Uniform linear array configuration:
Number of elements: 48
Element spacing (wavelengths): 0.25
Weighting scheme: hann
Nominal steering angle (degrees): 15
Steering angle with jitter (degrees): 14.258
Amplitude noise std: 0.05
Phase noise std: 0.05

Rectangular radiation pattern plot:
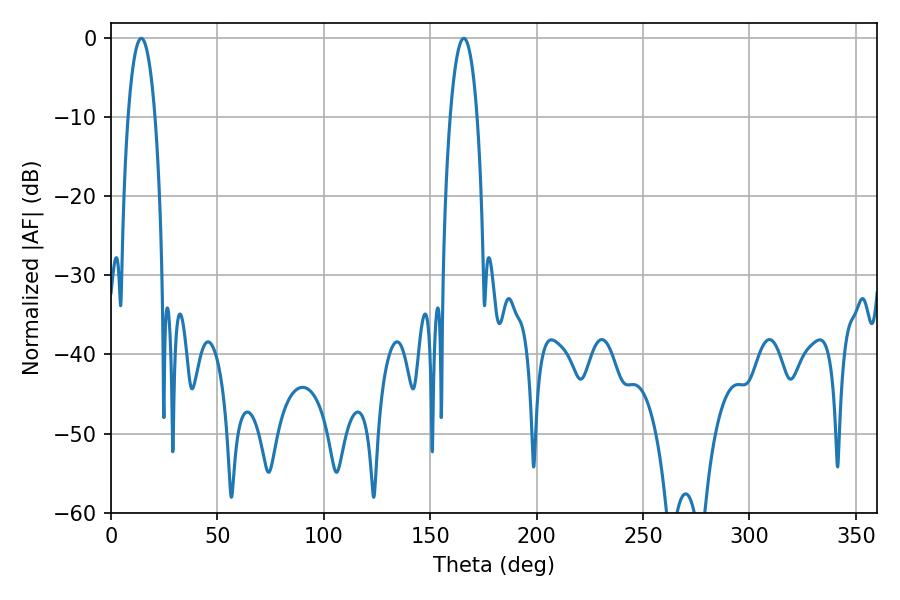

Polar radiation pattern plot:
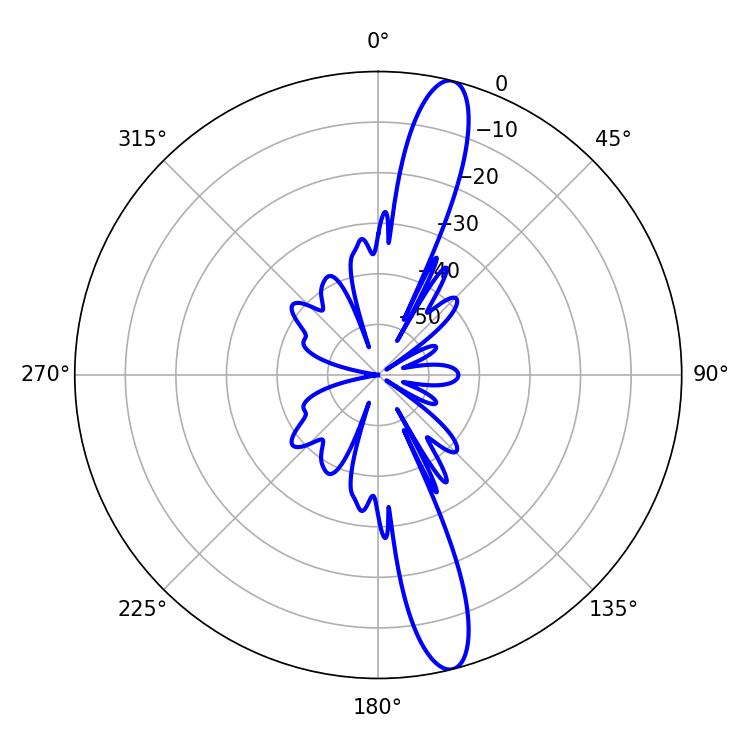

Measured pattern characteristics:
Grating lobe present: FALSE
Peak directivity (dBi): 14.882
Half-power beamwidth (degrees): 7.02
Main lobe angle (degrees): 14.22